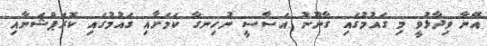
އޭނާ ވިދާޅުވީ މި ގައުމުގައި ގާނޫނު އަސާސީ ނުހިނގާ ކަމަށާއި ގައުމުގައި ކޮރަޕްޝަނާއި